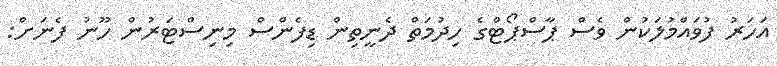
އަހަރު ފުވައްމުލަކުން ވެސް ޕާސްޕޯޓްގެ ހިދުމަތް ދެނީތިން ޑިފެންސް މިނިސްޓަރުން ހޫނު ފެނަށް: